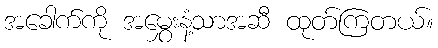
အခေါက်ကို အမွှေးနံ့သာအဆီ ထုတ်ကြတယ်။